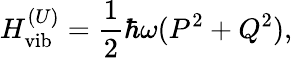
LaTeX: H_{\textrm{vib}}^{(U)}=\frac{1}{2}\hbar\omega(P^{2}+Q^{2}),